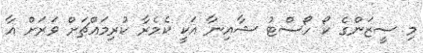
މި ސީޒަންގެ ކޯ ހޯސްޓު ޝާއިނާ އަކީ ކެމެރާ ކުރިމައްޗަށް ވަރަށް އާ